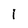
Character: I